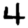
Digit: 4